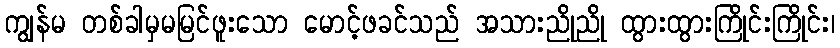
ကျွန်မ တစ်ခါမှမမြင်ဖူးသော မောင့်ဖခင်သည် အသားညိုညို ထွားထွားကြိုင်းကြိုင်း၊